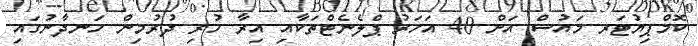
ކޮމްޕިޔުޓަރ މައުސް އަށް 40 އަހަރު ޕްލެނެޓްތަކާއި އިރާ ހުރި ދުރުމިން ހަނދާނުގައި